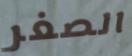
الصغر